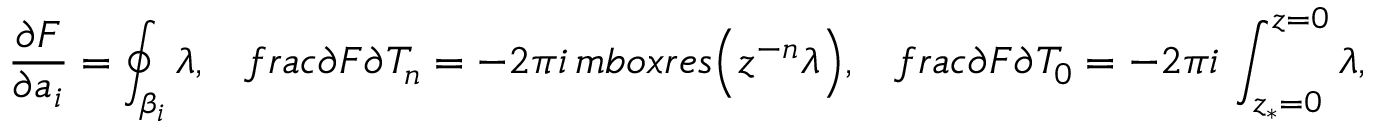
\frac { \partial F } { \partial a _ { i } } = \oint _ { \beta _ { i } } \lambda , \ \ \, f r a c { \partial F } { \partial T _ { n } } = - 2 \pi i \, m b o x { r e s } \Big ( z ^ { - n } \lambda \Big ) , \ \ \, f r a c { \partial F } { \partial T _ { 0 } } = - 2 \pi i \, \int _ { z _ { * } = 0 } ^ { z = 0 } \lambda ,